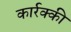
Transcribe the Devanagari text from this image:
कार्रक्की